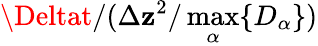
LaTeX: \Deltat/(\Delta\mathbf{z}^{2}/\operatorname*{max}_{\alpha}\{ D_{\alpha}\} )